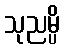
သုညမ္ပိ